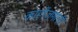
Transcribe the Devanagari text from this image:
कांहींजणांनी